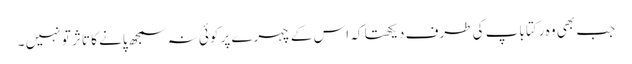
جب بھی وہ رکتا باپ کی طرف دیکھتا کہ اس کے چہرے پر کوئی نہ سمجھ پانے کا تاثر تو نہیں ۔